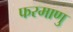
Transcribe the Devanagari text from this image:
फरमाणु